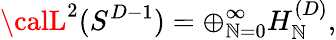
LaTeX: {\calL}^{2}(S^{D-1})=\oplus_{\mathbb{N}=0}^{\infty}H_{\mathbb{N}}^{(D)},